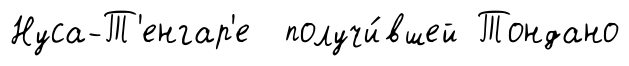
Нуса-Т'енгар'е получи́вшей Тондано